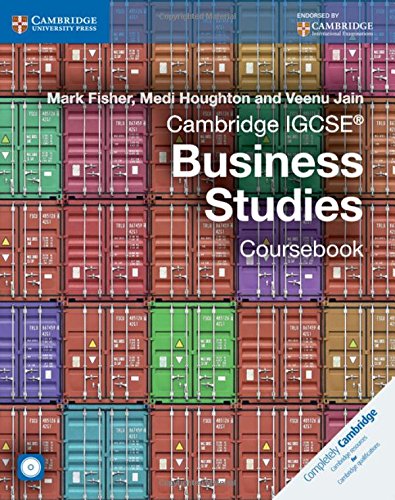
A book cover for Cambridge IGCSEÂ® Business Studies Coursebook with CD-ROM (Cambridge International Examinations); Mark Fisher; Children's Books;